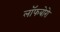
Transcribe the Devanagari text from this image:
लॉफबोरो